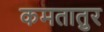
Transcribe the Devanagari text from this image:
कमतातुर